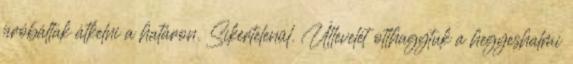
próbáltak átkelni a határon. Sikertelenül. Útlevelét otthagytuk a hegyeshalmi